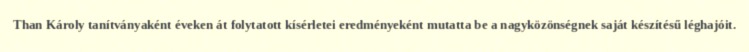
Than Károly tanítványaként éveken át folytatott kísérletei eredményeként mutatta be a nagyközönségnek saját készítésű léghajóit.